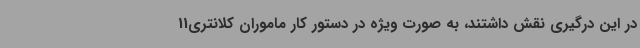
در این درگیری نقش داشتند، به صورت ویژه در دستور کار ماموران کلانتری11